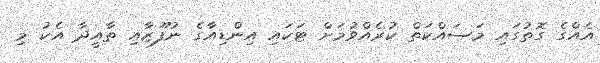
އެއްގެ ގޮތުގައި މަސައްކަތް ކުރެއްވުމަށް ޓަކައި އިންޑިއާގެ ނުފޫޒާއި ތާއީދާ އެކު މި